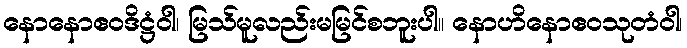
နောနောဧဝဒိဋ္ဌံဝါ၊ မြသ်မူလည်းမမြင်စဘူးပါ။ နောဟိနောဧဝသုတံဝါ၊